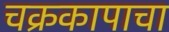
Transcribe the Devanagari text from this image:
चक्रकापाचा